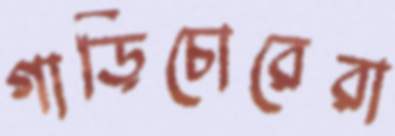
গাড়িচোরেরা